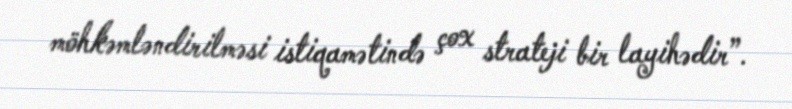
möhkəmləndirilməsi istiqamətində çox strateji bir layihədir”.